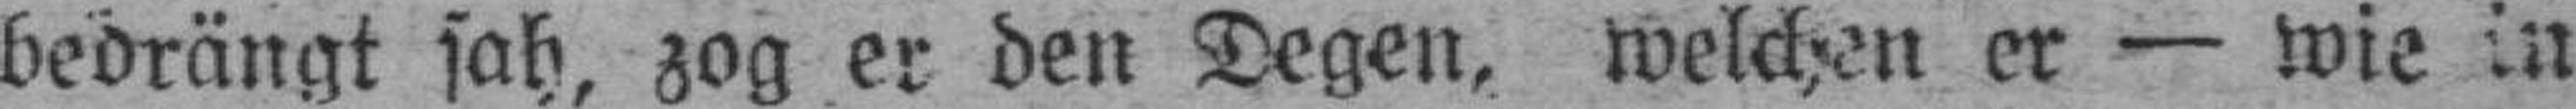
bedrängt sah, zog er den Degen, welchen er — wie in